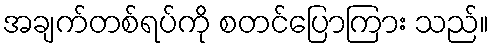
အချက်တစ်ရပ်ကို စတင်ပြောကြား သည်။